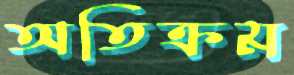
অতিক্রম